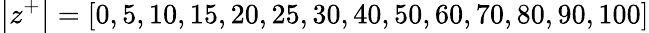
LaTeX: \left|z^{+}\right|=[0,5,10,15,20,25,30,40,50,60,70,80,90,100]